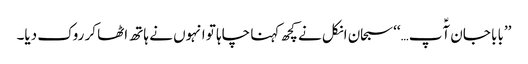
’’بابا جان آؑپ…‘‘سبحان انکل نے کچھ کہنا چاہا تو انہوں نے ہاتھ اٹھا کر روک دیا۔